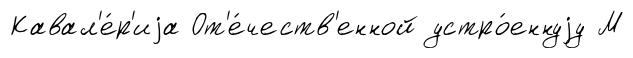
Кавал'е́р'иjа От'е́честв'енной устро́еннуjу М